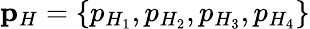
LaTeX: \mathbf{p}_{H}=\{ p_{H_{1}},p_{H_{2}},p_{H_{3}},p_{H_{4}}\}